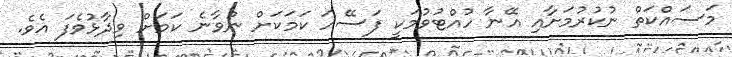
މަސައްކަތް ނުކުރުމަށާއި އޭނާ ހުއްޓުވުމަކީ ފަސޭހަ ކަމަކަށް ނުވާނެ ކަމަށް ވިދާޅުވެފަ އެވެ.